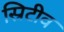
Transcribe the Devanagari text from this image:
स्रिटीव